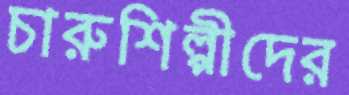
চারুশিল্পীদের